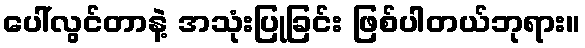
ပေါ်လွင်တာနဲ့ အသုံးပြုခြင်း ဖြစ်ပါတယ်ဘုရား။